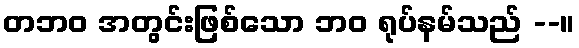
တဘဝ အတွင်းဖြစ်သော ဘဝ ရုပ်နမ်သည် --။